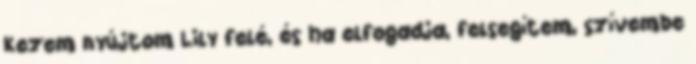
Kezem nyújtom Lily felé, és ha elfogadja, felsegítem, szívembe